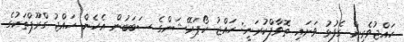
ހައްޖުވެރިން ގެފުޅު ވަށައި ތޮވާފްކުރަނީ: ހައްޖު ކޯޕަރޭޝަންގެ ސަބަބުން އެހެން ހައްޖު ގްރޫޕްތަކުގެ